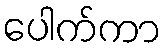
ပေါက်ကာ